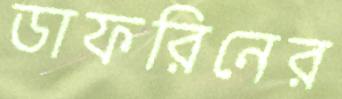
ডাফরিনের